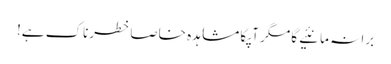
برا نہ مانئیے گا مگر آپکا مشاہدہ خاصا خطرناک ہے!